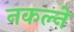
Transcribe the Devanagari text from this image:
नकल्ने